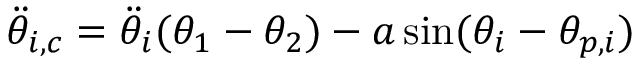
\ddot { \theta } _ { i , c } = \ddot { \theta } _ { i } ( \theta _ { 1 } - \theta _ { 2 } ) - a \sin ( \theta _ { i } - \theta _ { p , i } )